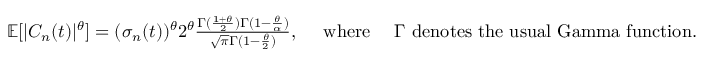
\begin{array} { r } { \mathbb { E } [ | C _ { n } ( t ) | ^ { \theta } ] = ( \sigma _ { n } ( t ) ) ^ { \theta } 2 ^ { \theta } \frac { \Gamma ( \frac { 1 + \theta } { 2 } ) \Gamma ( 1 - \frac { \theta } { \alpha } ) } { \sqrt { \pi } \Gamma ( 1 - \frac { \theta } { 2 } ) } , \quad \mathrm { ~ w h e r e ~ } \quad \Gamma \mathrm { ~ d e n o t e s ~ t h e ~ u s u a l ~ G a m m a ~ f u n c t i o n } . } \end{array}